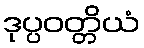
ဒုပ္ပဝတ္တိယံ